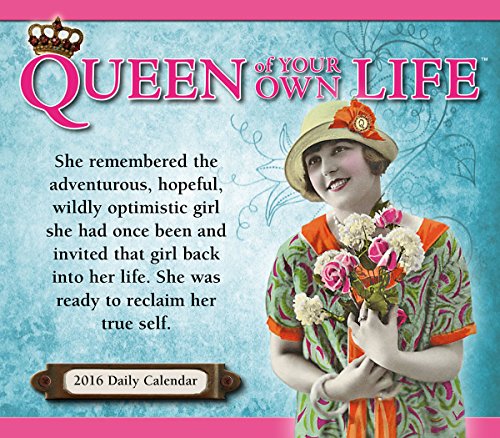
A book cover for Queen of Your Own Life 2016 Boxed/Daily Calendar; Cindy Ratzlaff; Calendars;